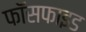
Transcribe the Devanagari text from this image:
फॉसफाइड